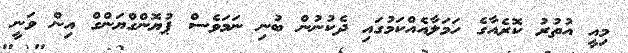
މިއީ އުތުރު ކޮރެއާގެ ހަމަލާއެއްކަމުގައި ދެކުނުން ބުނި ނަމަވެސް ޕުޔޮންގްޔަންގް އިން ވަނީ